Leaving Certificate Examination (including Day School Certificate (Higher) General paper), 1936
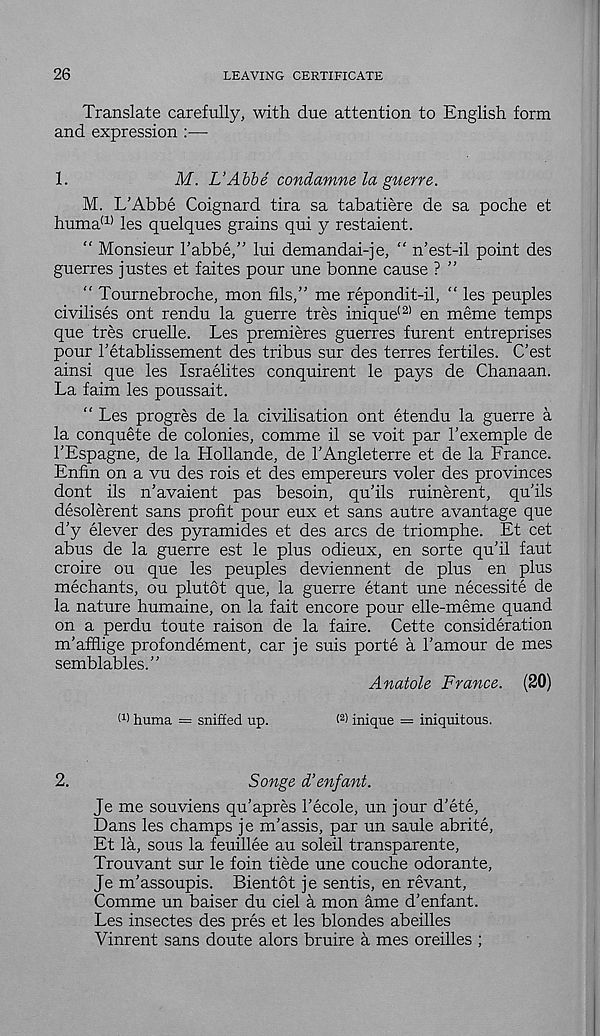
26
LEAVING CERTIFICATE
Translate carefully, with due attention to English form
and expression :—-
1.
M. L’Abbe condamne la guerre.
M. L’Abbe Coignard tira sa tabatiere de sa poche et
huma (1) les quelques grains qui y restaient.
“ Monsieur 1’abbe,” lui demandai-je, “ n’est-il point des
guerres justes et faites pour une bonne cause ? ”
“ Tournebroche, mon fils,” me repondit-il, “ les peuples
civilises ont rendu la guerre tres inique (2) en meme temps
que tres cruelle. Les premieres guerres furent entreprises
pour 1’etablissement des tribus sur des terres fertiles. C’est
ainsi que les Israelites conquirent le pays de Chanaan.
La faim les poussait.
" Les progres de la civilisation ont etendu la guerre a
la conquete de colonies, comme il se voit par I’exemple de
TEspagne, de la Hollande, de 1’Angleterre et de la France.
Enfin on a vu des rois et des empereurs voler des provinces
dont ils n'avaient pas besoin, qu’ils ruinerent, qu'ils
desolerent sans profit pour eux et sans autre avantage que
d’y elever des pyramides et des arcs de triomphe. Et cet
abus de la guerre est le plus odieux, en sorte qu’il faut
croire ou que les peuples deviennent de plus en plus
mechants, ou plutot que, la guerre etant une necessite de
la nature humaine, on la fait encore pour elle-meme quand
on a perdu toute raison de la faire. Cette consideration
m’afflige profondement, car je suis porte a Famour de mes
semblables.”
Anatole France. (20)
t 1 ) huma = sniffed up.
( 2 > inique = iniquitous.
2.
Songe d’enfant.
Je me souviens qu’apres Fecole, un jour d’ete,
Dans les champs je m’assis, par un saule abrite,
Et la, sous la feuillee au soleil transparente,
Trouvant sur le foin tiede une couche odorante,
Je m’assoupis. Bientot je sentis, en revant,
Comme un baiser du ciel a mon ame d’enfant.
Les insectes des pres et les blondes abeilles
Vinrent sans doute alors bruire a mes oreilles ;